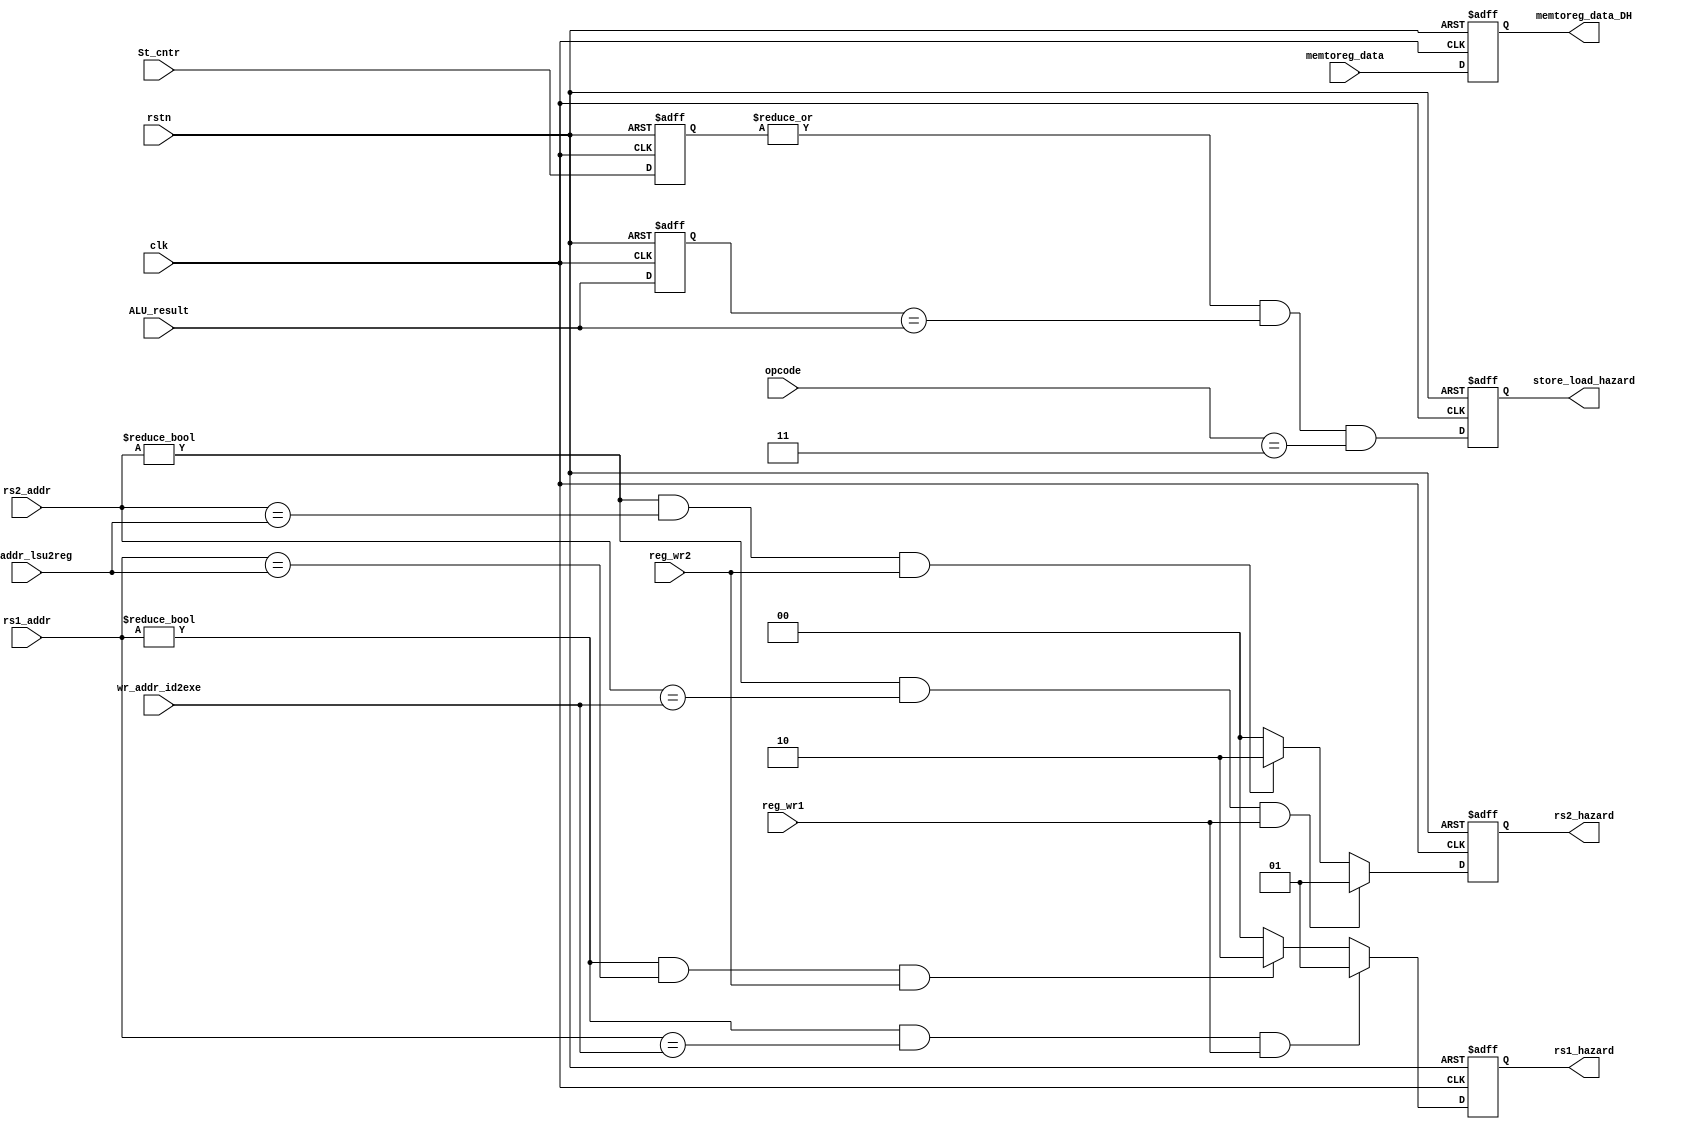
/***********************************************************************************************************
Github repo : https://github.com/Praseeda-S/RISC-V-Soc.git
Date : 20/05/2021
Authors : Praseeda S, Sanjana AR, Parvathy PH, Anna Sebastine
College Name : College of Engineering, Trivandrum
Project Name : Design and Verification of Vriddhi: A RISC-V Core
Design name : Data hazard unit
Module name : datahazard
Description : Checks for the occurence of any form of datahazard and gives input to forwarding unit
***********************************************************************************************************/

module datahazard(
input wire clk,
input wire rstn,
input wire [4:0]  rs1_addr,
input wire [4:0]  rs2_addr,
input wire [4:0]  wr_addr_id2exe, 
input wire [4:0]  wr_addr_lsu2reg,
input wire        reg_wr1,
input wire        reg_wr2,
input wire [1:0]  St_cntr,
input wire [31:0] ALU_result,
input wire [31:0] memtoreg_data,
input wire [6:0]  opcode,
output reg [1:0]  rs1_hazard,
output reg [1:0]  rs2_hazard,
output reg [31:0] memtoreg_data_DH,
output reg store_load_hazard  
);

wire [1:0]  rs1_haz,rs2_haz;
reg  [1:0]  St_cntr_reg;
reg  [31:0] ALU_result_reg;
wire store_load_haz;

assign store_load_haz = ((|St_cntr_reg) & (ALU_result_reg == ALU_result) & (opcode == 7'b0000011));

assign rs1_haz = ((rs1_addr != 0) && (rs1_addr == wr_addr_id2exe) && reg_wr1) ? 2'b01 : (((rs1_addr != 0) && (rs1_addr == wr_addr_lsu2reg) && reg_wr2) == 1  ? 2'b10 : 2'b00) ;

assign rs2_haz = ((rs2_addr != 0) && (rs2_addr == wr_addr_id2exe) && reg_wr1) ? 2'b01 : (((rs2_addr != 0) && (rs2_addr == wr_addr_lsu2reg) && reg_wr2) == 1  ? 2'b10 : 2'b00) ;

always @(posedge clk or negedge rstn) begin

if (~rstn) begin
rs1_hazard <= 0;
rs2_hazard <= 0;
memtoreg_data_DH <= 0;
store_load_hazard <= 0;
St_cntr_reg <= 0;
ALU_result_reg <= 0;
end

else begin
rs1_hazard <= rs1_haz;
rs2_hazard <= rs2_haz;
memtoreg_data_DH <= memtoreg_data;
store_load_hazard <= store_load_haz;
St_cntr_reg <= St_cntr;
ALU_result_reg <= ALU_result;
end
end
endmodule